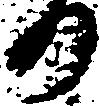
り